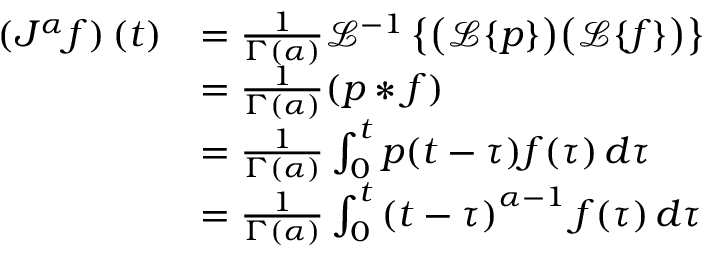
{ \begin{array} { r l } { \left( J ^ { \alpha } f \right) ( t ) } & { = { \frac { 1 } { \Gamma ( \alpha ) } } { \mathcal { L } } ^ { - 1 } \left\{ { \bigl ( } { \mathcal { L } } \{ p \} { \bigr ) } { \bigl ( } { \mathcal { L } } \{ f \} { \bigr ) } \right\} } \\ & { = { \frac { 1 } { \Gamma ( \alpha ) } } ( p * f ) } \\ & { = { \frac { 1 } { \Gamma ( \alpha ) } } \int _ { 0 } ^ { t } p ( t - \tau ) f ( \tau ) \, d \tau } \\ & { = { \frac { 1 } { \Gamma ( \alpha ) } } \int _ { 0 } ^ { t } \left( t - \tau \right) ^ { \alpha - 1 } f ( \tau ) \, d \tau } \end{array} }